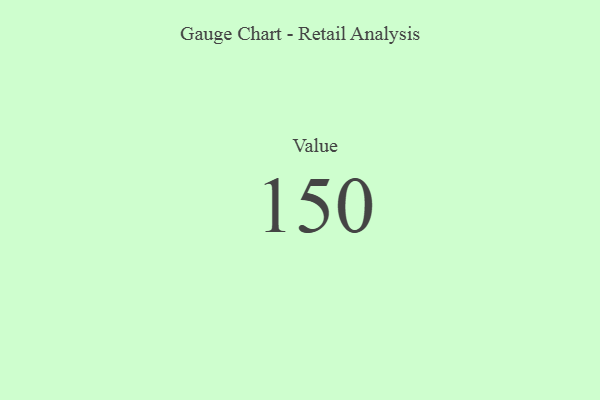
{"axis": {"x": "Metric", "y": "Value"}, "legend": [""], "data": [{"x": "Value", "y": 150, "type": ""}]}